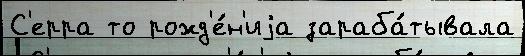
С'ерра то рожд'е́н'иjа зараба́тывала